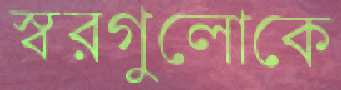
স্বরগুলোকে